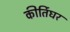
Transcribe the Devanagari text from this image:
कीर्तिघर